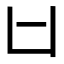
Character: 𠙵